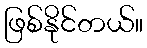
ဖြစ်နိုင်တယ်။